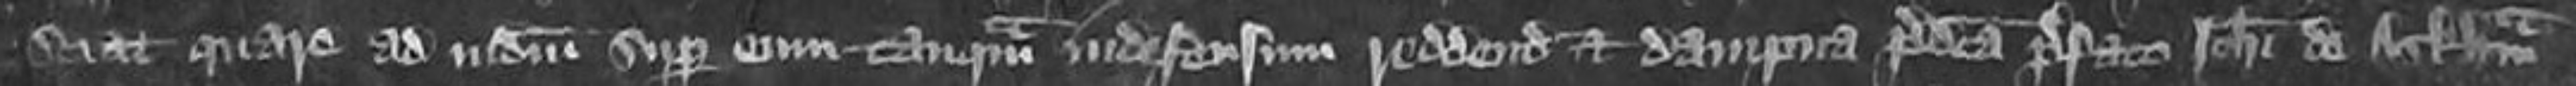
sciat quare ad iudicum super eium tanquam indefensum reddendum et dampna predicta prefato Johanni de Arkham